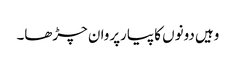
وہیں دونوں کا پیارپروان چڑھا۔